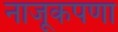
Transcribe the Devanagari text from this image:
नाजूकपणा